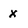
Character: x